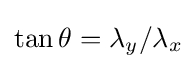
\tan \theta =\lambda _{y}/\lambda _{x}